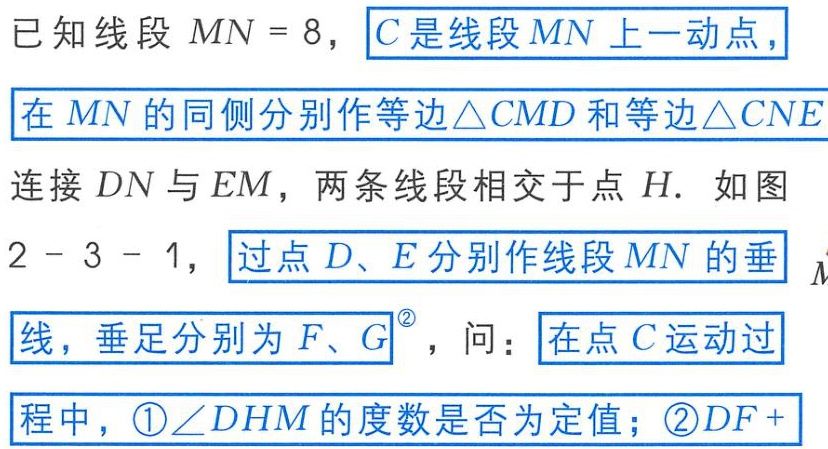
已知线段 \(MN = 8\)，\(C\)是线段 \(MN\)上一动点，在 \(MN\)的同侧分别作等边\(\triangle CMD\)和等边\(\triangle CNE\)，连接 \(DN\)与 \(EM\)，两条线段相交于点 \(H\). 如图2 - 3 - 1，过点 \(D、E\)分别作线段 \(MN\)的垂线，垂足分别为 \(F、G\)，问：在点 \(C\)运动过程中，\textcircled{1}\(\angle DHM\)的度数是否为定值；\textcircled{2}\(DF +\)